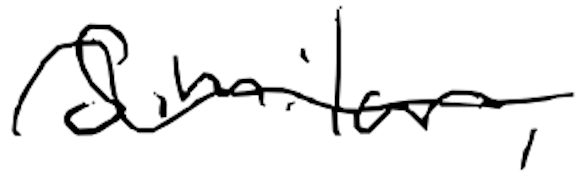
Text: similar,
Cross-out: wave
Writing tool: digital_black